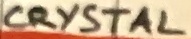
Text: CRYSTAL